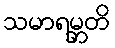
သမာရမ္ဘတိ